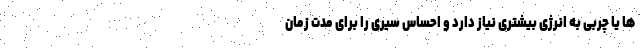
ها یا چربی به انرژی بیشتری نیاز دارد و احساس سیری را برای مدت زمان